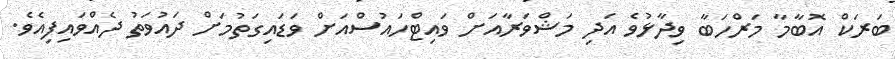
ބަރަކް އޮބާމާ މަރްހަބާ ވިދާޅުވެ އަދި މަޝްވަރާއަށް ވައިޓްހައުސްއަށް ވަޑައިގަތުމަށް ދައުވަތު ދެއްވައިފިއެވެ.